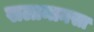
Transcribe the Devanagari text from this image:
सलामानसा